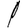
Digit: 1